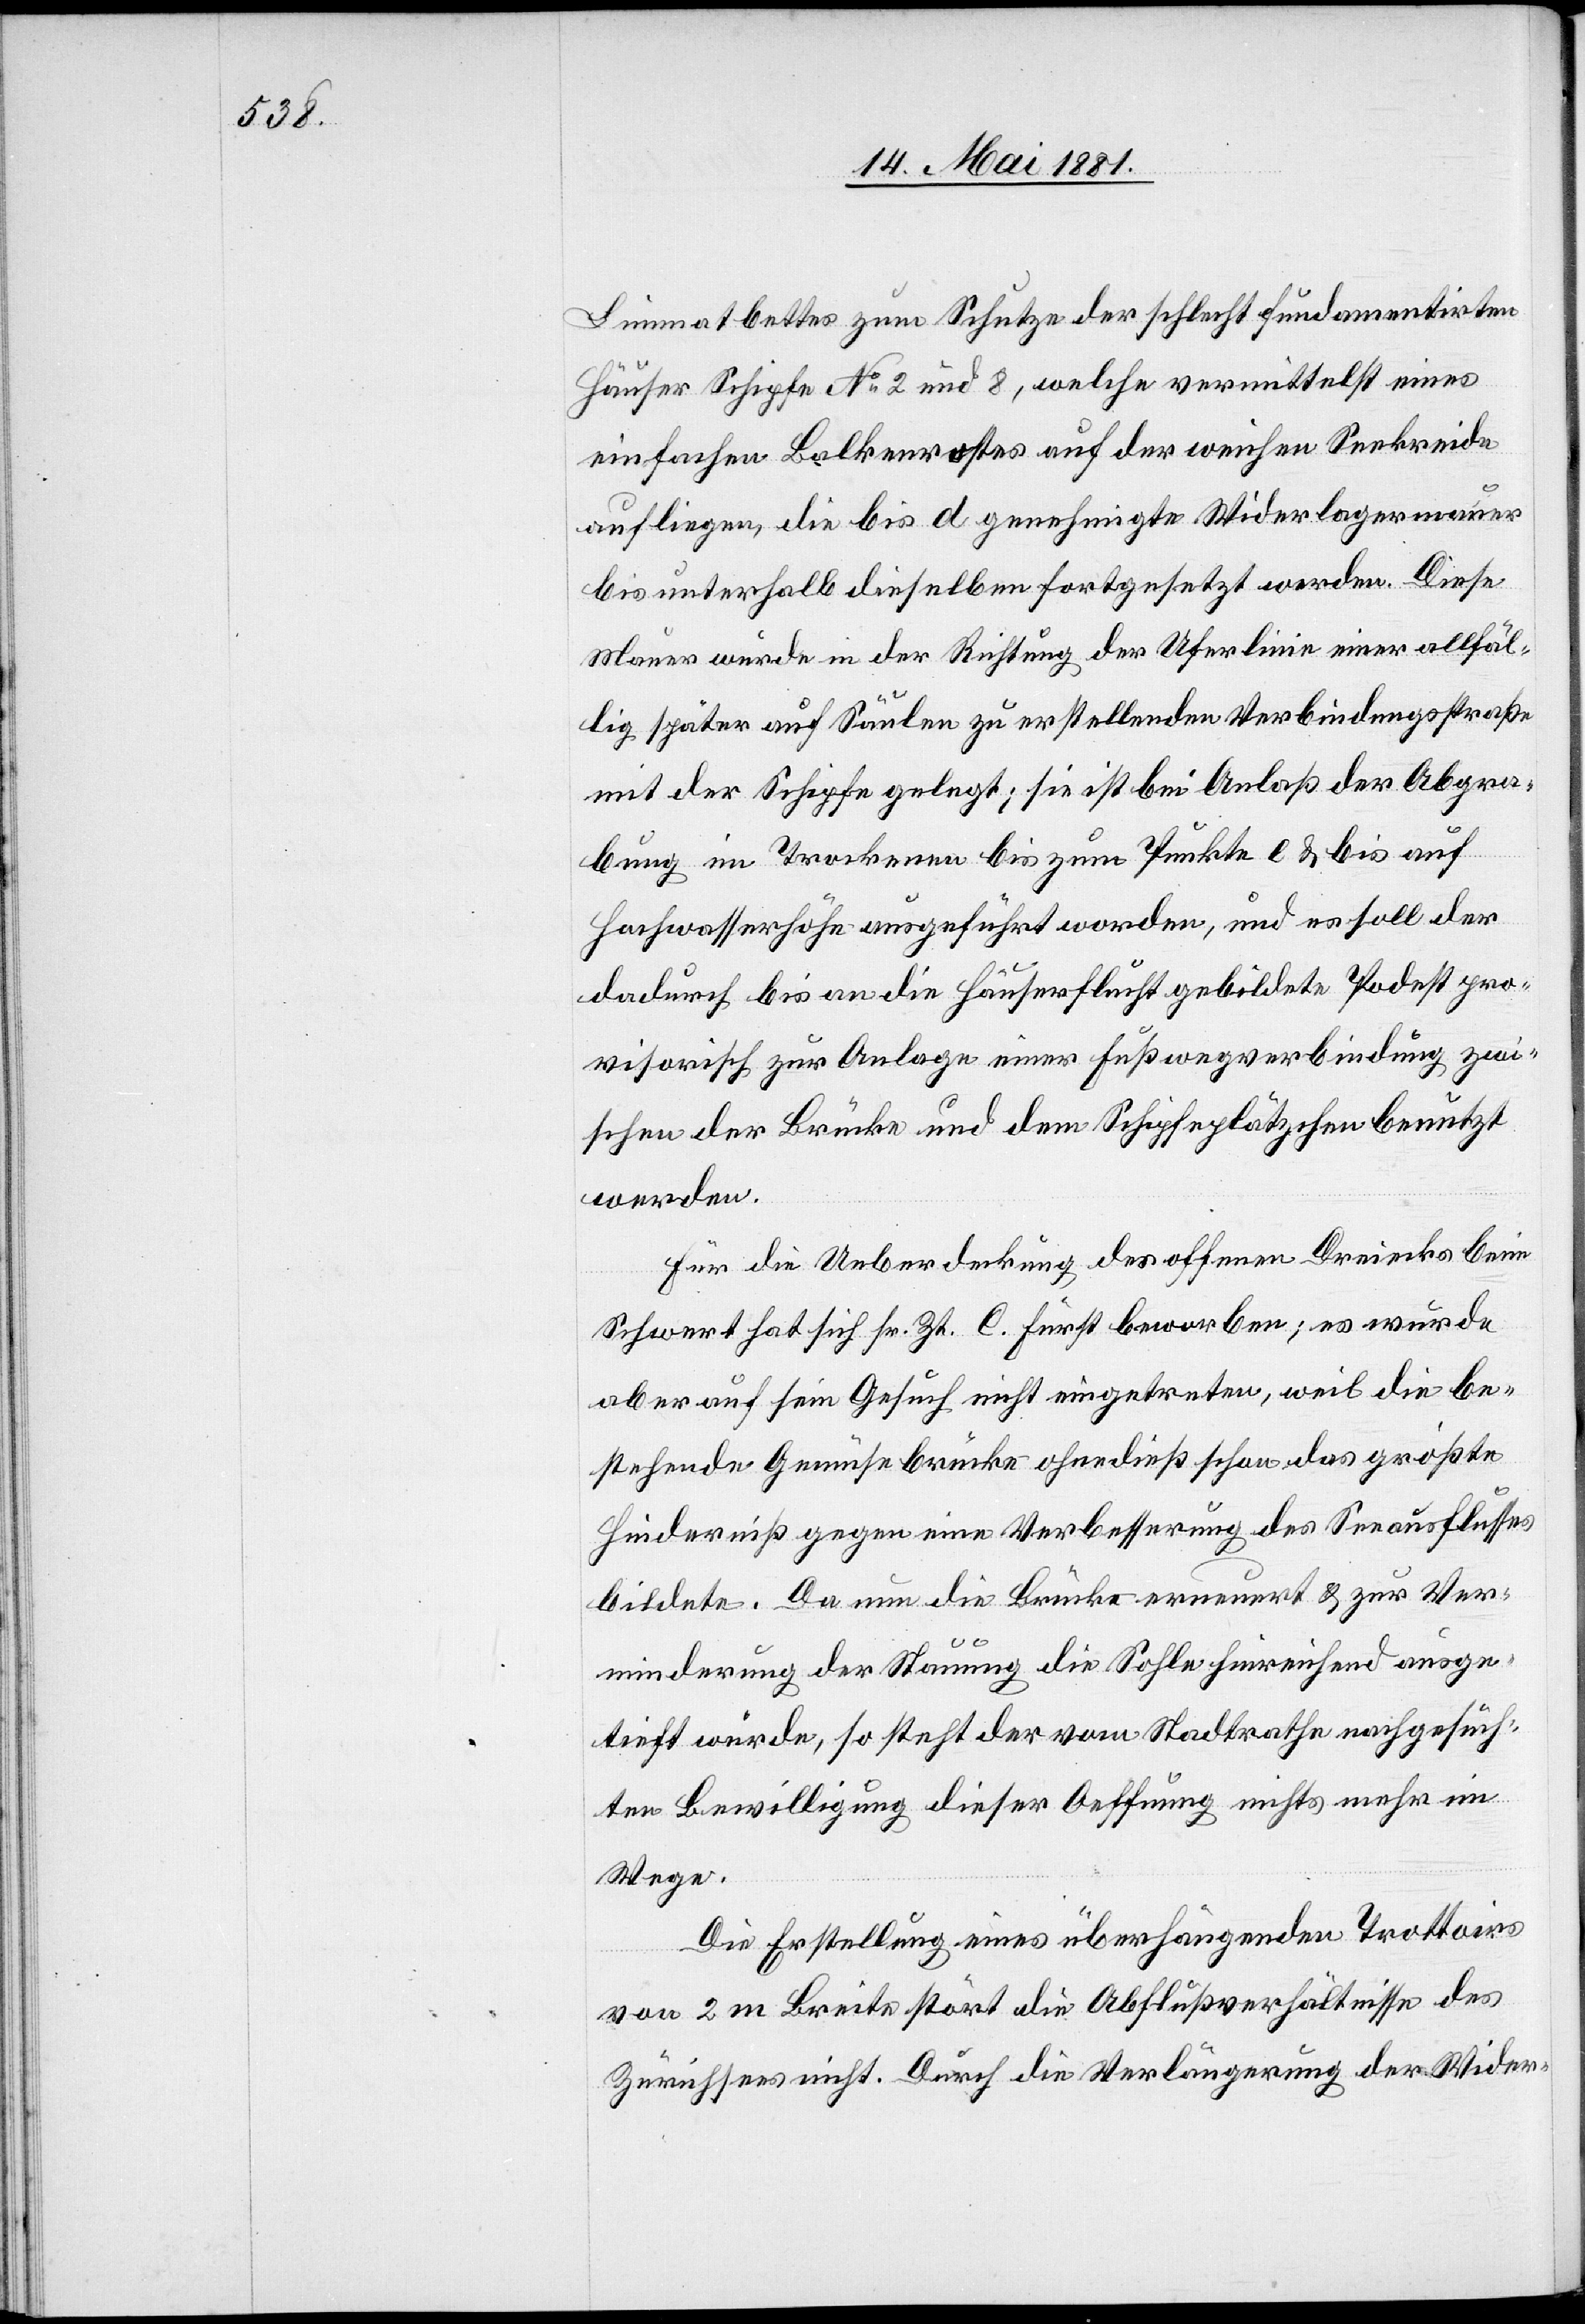
Limmatbettes zum Schutze der schlecht fundamentirten
Häuser Schipfe No 2 und 8, welche vermittelst eines
einfachen Balkenrostes auf der weichen Seekreide
aufliegen, die bis d genehmigte Widerlagermauer
bis unterhalb dieselben fortgesetzt werden. Diese
Mauer wurde in der Richtung der Uferlinie einer allfäl¬
lig später auf Säulen zu erstellenden Verbindungsstraße
mit der Schipfe gelegt; sie ist bei Anlaß der Abgra¬
bung im Trockenen bis zum Punkte l & bis auf
Hochwasserhöhe ausgeführt worden, und es soll der
dadurch bis an die Häuserflucht gebildete Podest pro¬
visorisch zur Anlage einer Fußwegverbindung zwi¬
schen der Brücke und dem Schipfeplätzchen benutzt
werden.
Für die Ueberdeckung des offenen Dreiecks beim
Schwert hat sich sr. Zt. C. Fürst beworben; es wurde
aber auf sein Gesuch nicht eingetreten, weil die be¬
stehende Gemüsebrücke ohnedieß schon das größte
Hinderniß gegen eine Verbesserung des Seeausflusses
bildete. Da nun die Brücke erneuert & zur Ver¬
minderung der Stauung die Sohle hinreichend ausge¬
stieft wurde, so steht der vom Stadtrathe nachgesuch¬
ten Bewilligung dieser Oeffnung nichts mehr im
Wege.
Die Erstellung eines überhängenden Trottoirs
von 2. m Breite stört die Abflußverhältnisse des
Zürichsees nicht. Durch die Verlängerung der Wider-